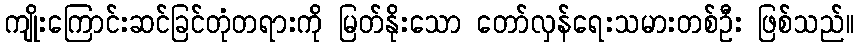
ကျိုးကြောင်းဆင်ခြင်တုံတရားကို မြတ်နိုးသော တော်လှန်ရေးသမားတစ်ဦး ဖြစ်သည်။